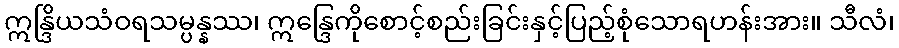
ဣန္ဒြိယသံဝရသမ္ပန္နဿ၊ ဣန္ဒြေကိုစောင့်စည်းခြင်းနှင့်ပြည့်စုံသောရဟန်းအား။ သီလံ၊